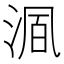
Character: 𬇺